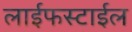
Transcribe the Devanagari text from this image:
लाईफस्टाईल